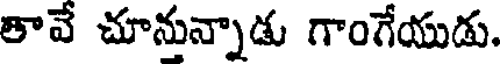
తావే చూనున్నాడు గాంగేయుడు.